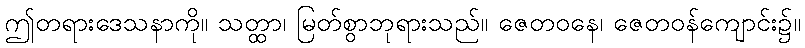
ဤတရားဒေသနာကို။ သတ္ထာ၊ မြတ်စွာဘုရားသည်။ ဇေတဝနေ၊ ဇေတဝန်ကျောင်း၌။